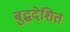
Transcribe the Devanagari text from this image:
बुद्धदेशित